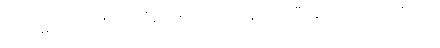
ကုရုင်္ဂမိဂဇာတကံ၊ ကုရုင်္ဂမိဂဇာတ်သည်။ နိဋ္ဌိတံ၊ ပြီးခြင်းသို့ရောက်ပြီ။ ၂၂၊